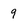
Character: 9